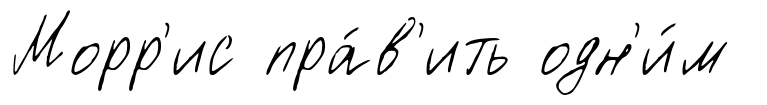
Морр'ис пра́в'ить одн'и́м